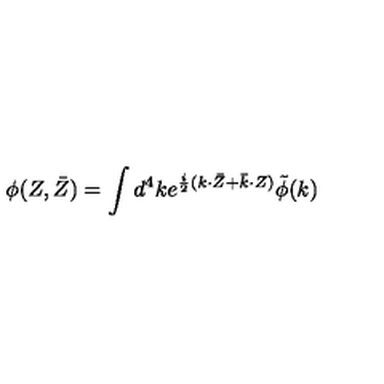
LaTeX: \phi ( Z , \bar { Z } ) = { \int { d ^ { 4 } k } } e ^ { \frac { i } { 2 } ( k { \cdot } \bar { Z } + \bar { k } { \cdot } Z ) } \tilde { \phi } ( k )